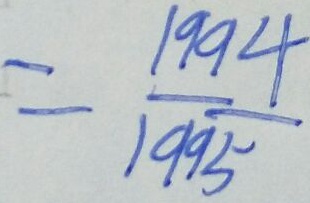
= \frac { 1 9 9 4 } { 1 9 9 5 }